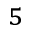
^ 5